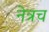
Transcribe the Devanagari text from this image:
नेत्रच